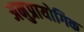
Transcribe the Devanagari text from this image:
अनुप्रायोगिक